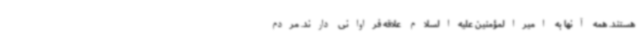
هستند. همه آنها به امیرالمؤمنین علیه‌السلام علاقه فراوانی دارند. مردم